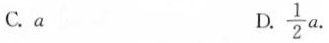
C.a D.$$\frac { 1 } { 2 } a$$.